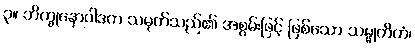
၃။ ဘိက္ခုနောဝါဒက သမုတ်သည်၏ အစွမ်းဖြင့် ဖြစ်သော သမ္မုတိကံ၊